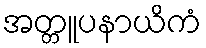
အတ္တူပနာယိကံ